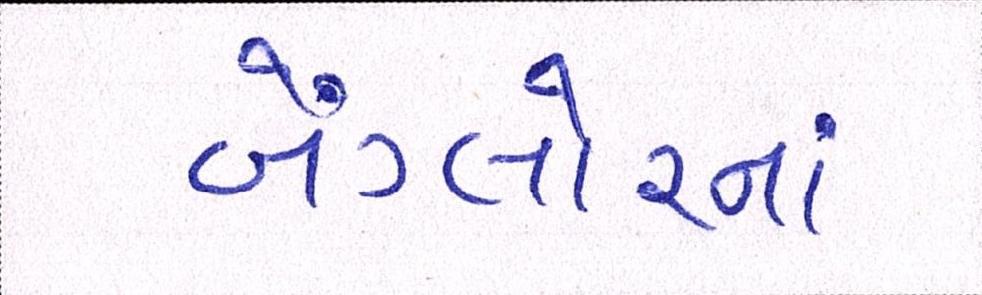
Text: બેંગ્લોરનાં